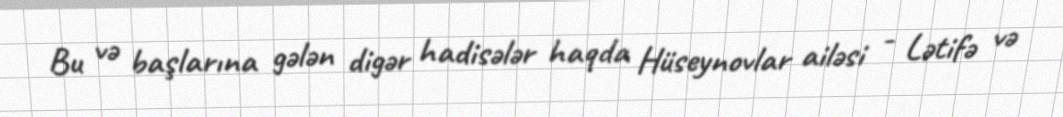
Bu və başlarına gələn digər hadisələr haqda Hüseynovlar ailəsi - Lətifə və